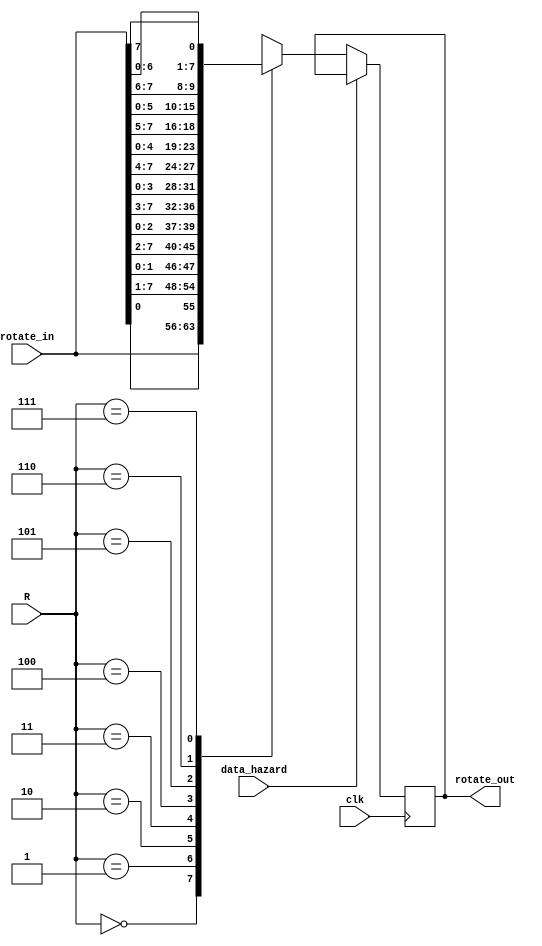
module right_rotate(input wire clk, data_hazard, input wire[7:0] rotate_in, output wire[7:0] rotate_out, input wire[2:0] R);
reg[7:0] rotate_reg;

always @(posedge clk)
begin
	if(~data_hazard)
	begin
		case(R)
		3'b000: rotate_reg <= rotate_in;
		3'b001: rotate_reg <= {rotate_in[0], rotate_in[7:1]};
		3'b010: rotate_reg <= {rotate_in[1:0], rotate_in[7:2]};
		3'b011: rotate_reg <= {rotate_in[2:0], rotate_in[7:3]};
		3'b100: rotate_reg <= {rotate_in[3:0], rotate_in[7:4]};
		3'b101: rotate_reg <= {rotate_in[4:0], rotate_in[7:5]};
		3'b110: rotate_reg <= {rotate_in[5:0], rotate_in[7:6]};
		3'b111: rotate_reg <= {rotate_in[6:0], rotate_in[7]};
		endcase
	end
end
assign rotate_out = rotate_reg;
endmodule